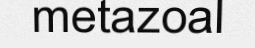
metazoal